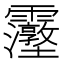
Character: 𮦿